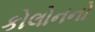
કોલોનનો